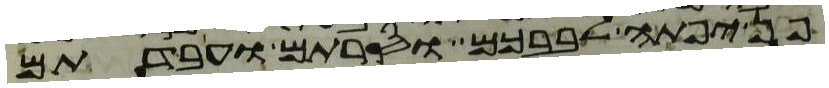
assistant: פן יפתה לבבכם וסרתם ועבדתם